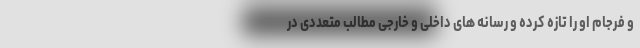
و فرجام او را تازه کرده و رسانه های داخلی و خارجی مطالب متعددی در